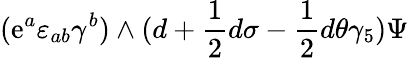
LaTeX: (\mathrm{e}^{a}\varepsilon_{ab}\gamma^{b})\wedge(d+{\frac{{1}}{{2}}}d\sigma-{\frac{{1}}{{2}}}d\theta\gamma_{5})\Psi